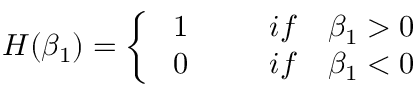
H ( \beta _ { 1 } ) = \left\{ \begin{array} { c } { \ 1 ~ ~ ~ ~ ~ ~ ~ ~ i f ~ ~ ~ \beta _ { 1 } > 0 } \\ { \ 0 ~ ~ ~ ~ ~ ~ ~ ~ i f ~ ~ ~ \beta _ { 1 } < 0 } \end{array} \right.